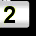
Digit: 2